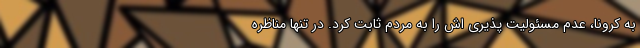
به کرونا، عدم مسئولیت پذیری اش را به مردم ثابت کرد. در تنها مناظره